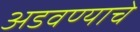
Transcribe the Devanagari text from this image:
अडवण्याचे